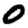
Digit: 0